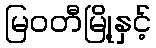
မြဝတီမြို့နှင့်